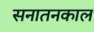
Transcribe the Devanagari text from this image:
सनातनकाल